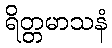
ရိတ္တမာသနံ